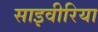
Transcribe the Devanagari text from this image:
साइवीरिया